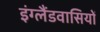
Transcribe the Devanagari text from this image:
इंग्लैंडवासियों